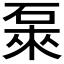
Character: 𥓜